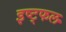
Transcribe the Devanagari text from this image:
इष्ट्फल